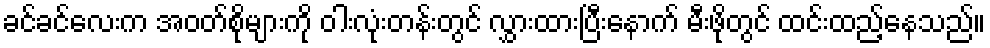
ခင်ခင်လေးက အဝတ်စိုများကို ဝါးလုံးတန်းတွင် လွှားထားပြီးနောက် မီးဖိုတွင် ထင်းထည့်နေသည်။